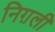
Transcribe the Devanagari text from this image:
निग़ली